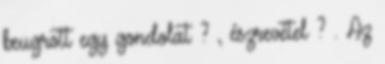
beugrott egy gondolat ? , észrevétel ? . Az